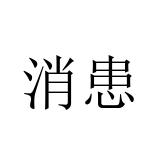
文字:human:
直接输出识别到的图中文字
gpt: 消患